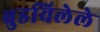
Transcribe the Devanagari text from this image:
बुडविलेले